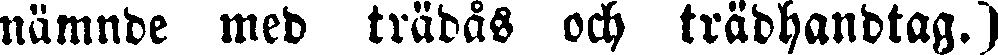
nämnde med trädås och trädhandtag.)